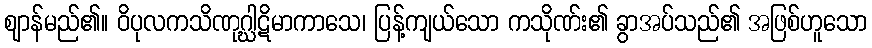
ဈာန်မည်၏။ ဝိပုလကသိဏုဂ္ဃါဋိမာကာသေ၊ ပြန့်ကျယ်သော ကသိုဏ်း၏ ခွာအပ်သည်၏ အဖြစ်ဟူသော